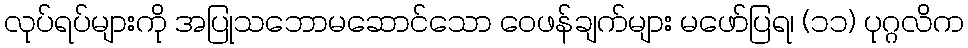
လုပ်ရပ်များကို အပြုသဘောမဆောင်သော ဝေဖန်ချက်များ မဖော်ပြရ၊ (၁၁) ပုဂ္ဂလိက